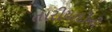
તારીયાદોની